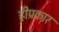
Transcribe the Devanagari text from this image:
हीप्रकार